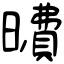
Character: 曊